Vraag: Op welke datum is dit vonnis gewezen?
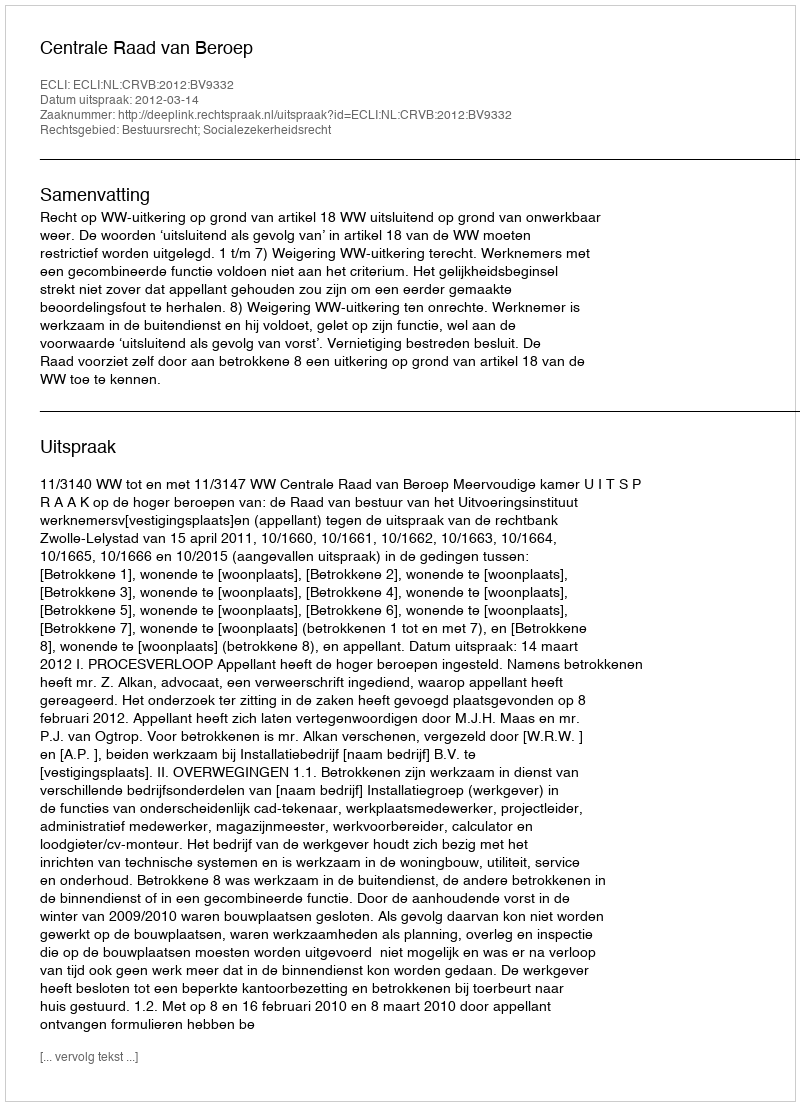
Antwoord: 2012-03-14